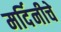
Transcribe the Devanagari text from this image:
मर्दिनीचे